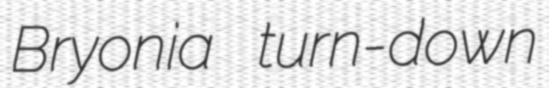
Bryonia turn-down